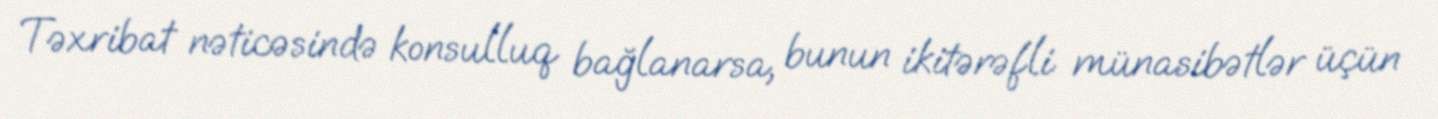
Təxribat nəticəsində konsulluq bağlanarsa, bunun ikitərəfli münasibətlər üçün